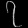
Digit: ၇